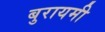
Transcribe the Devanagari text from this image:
बुरायमी